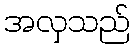
အလှသည်